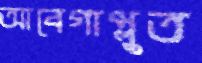
আবেগাপ্লুত